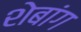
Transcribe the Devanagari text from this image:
शेबांग